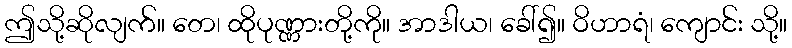
ဤသို့ဆိုလျက်။ တေ၊ ထိုပုဏ္ဏားတို့ကို။ အာဒါယ၊ ခေါ်၍။ ဝိဟာရံ၊ ကျောင်း သို့။